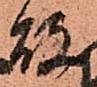
故